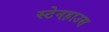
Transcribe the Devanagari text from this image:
स्टेनहाउस